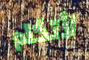
لأتكلم